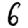
Digit: 6